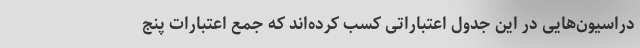
دراسیون‌هایی در این جدول اعتباراتی کسب کرده‌اند که جمع اعتبارات پنج